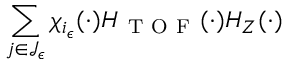
\sum _ { j \in \mathcal { J } _ { \epsilon } } \chi _ { i _ { \epsilon } } ( \cdot ) H _ { \mathrm { ~ T ~ O ~ F ~ } } ( \cdot ) H _ { Z } ( \cdot )